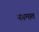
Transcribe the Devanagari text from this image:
नगमात